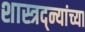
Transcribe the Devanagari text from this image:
शास्त्रद्न्यांच्या